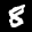
Label: 8